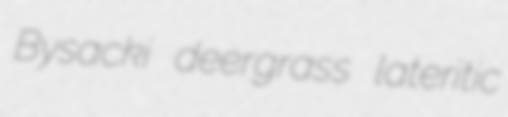
Bysacki deergrass lateritic